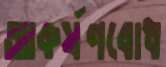
আকর্ষণবোধ